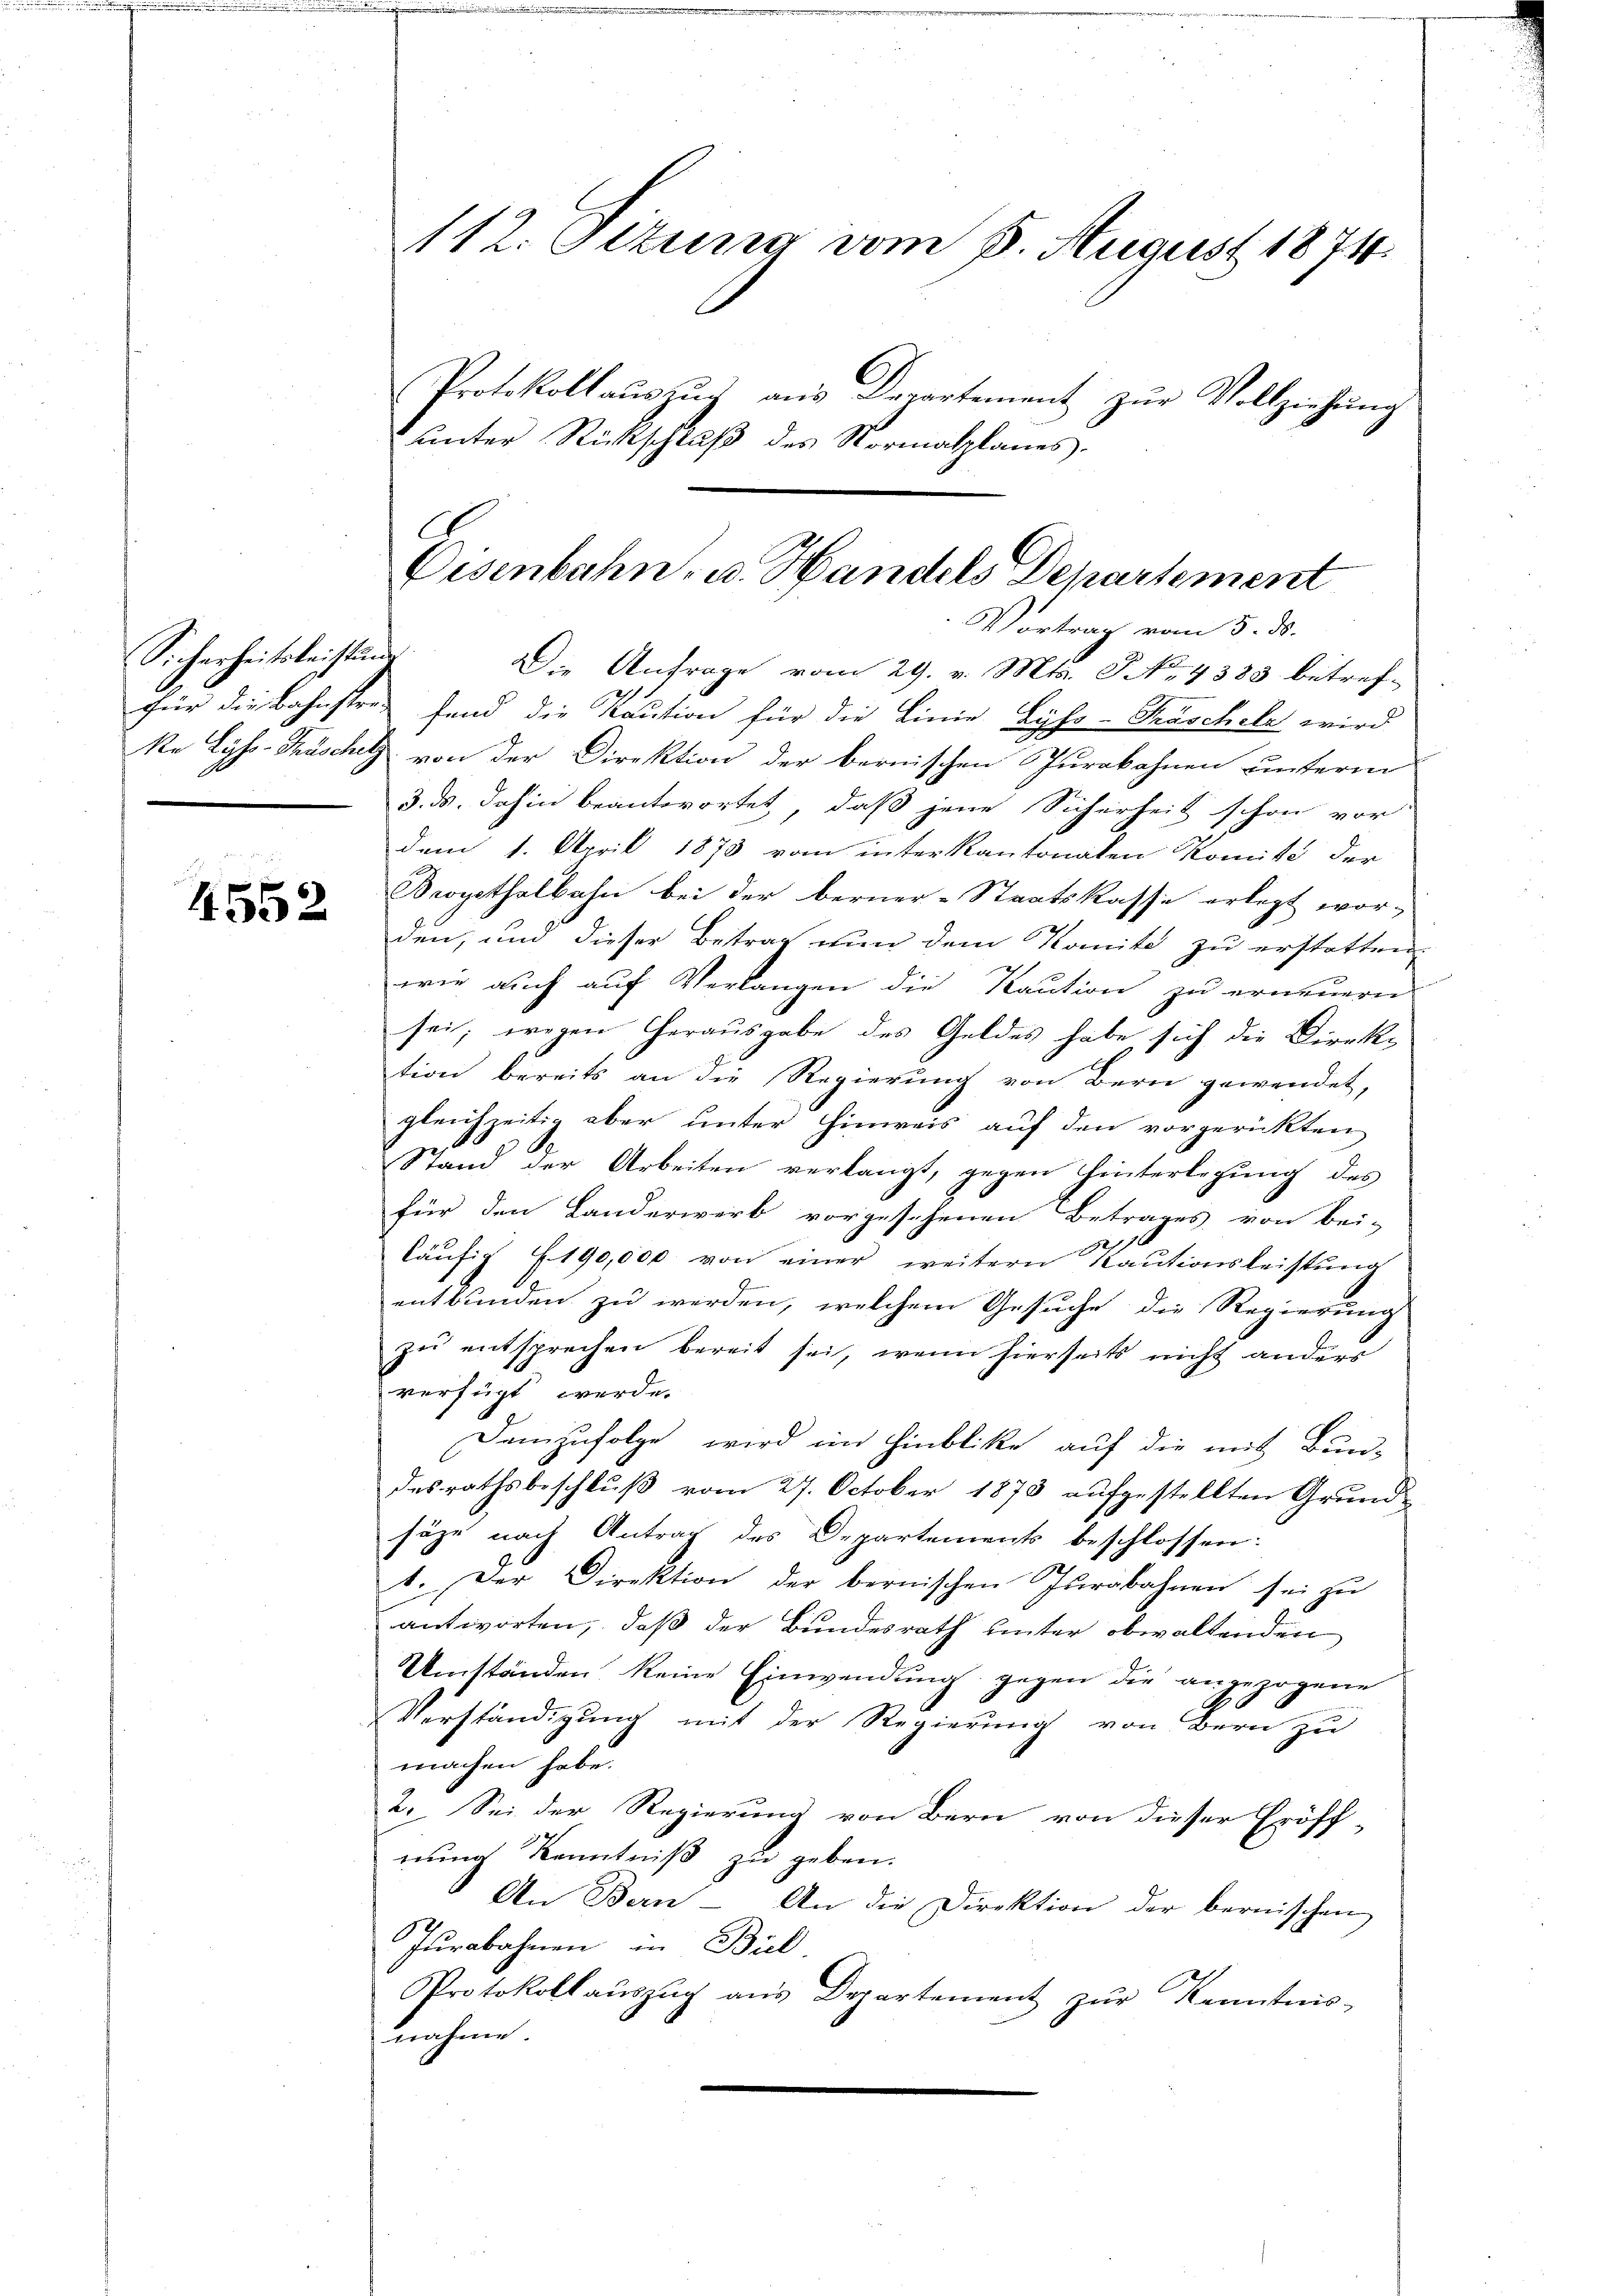
Sicherheitsleistungs

4552

112. Sizung vom 8. August 1874.
Protokollaŭszŭg aŭs Departement zŭr Vollziehung
Lnte
r Rückschli
2
des Normalplanes.

Die Anfrage vom 29. v. Mts. S. 4383 betreffür die Bahnstre fand die Kaution für die Linie Byss-Traschele wird
ke Lyss-Träschitz von der Direktion der bernischen Jurakahnen unterm
3. ds. dahin beantwortet, daß jene Sicherheit schon vor-
dem 1. April 1873 vom interkantonaten Komite der
Brogethalbahn bei der berner-Staatskasse erlegt wor-
den, und dieser Betrag von dem Komite zu erstatten,
wie auch auf Verlangen die Kaution zu erneuern
sei; wegen Herausgabe des Geldes habe sich die Direktion bereits an die Regierung von Bern gewendet,
gleichzeitig aber unter Hinweis auf den vorgerückten
A.
Stand der Arbeiten verlangt, gegen hinterlegung des
für den Landerwerb vorgesehenen Betrages von bei-
läŭfig 190,000 von einer weitern Kaŭtionsleistŭng
2
entbunden zu werden, welchem Gesuche die Regierung
zŭ entsprechen bereit sei, wenn hierseits nicht anders
verfügt werde.
Demzufolge wird im Hinblicke auf die mit Bun-
desrathsbeschluß vom 27. October 1873 aufgestellten Grund-
säge nach Antrag des Departements beschlossen:
b. Der Direktion der bernischen Jurabahnen sei zu
antworten, daß der Bundesrath unter obwaltenden
Umständen keine Einwendung gegen die angezogene
Verständigung mit der Regierung von Bern zu
machen habe.
2. Sei der Regierung von Bern von dieser Eröff-
nung Kenntniß zu geben.
An Bern - An die Direktion der bernischen
Jurabahnen in Bil
Protokoll aŭszŭg ans Departement zŭr Kenntnis-
nahme.

C
Eisenbahn- u. Handels Departement
Vortrag vom 5. ds.